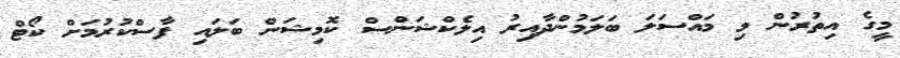
މީގެ އިތުރުން މި މައްސަލަ ބަލަމުންދާއިރު އިލެކްޝަންސް ކޮމިޝަން ބަލައި ފާސްކުރުމަށް ކޯޓް